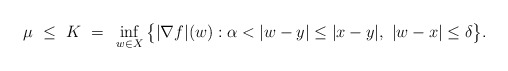
\begin{align*}\mu ~\le~ K ~=~ \inf_{w \in X} \big\{ |\nabla f|(w) : \alpha < |w-y| \le |x-y|,~ |w-x| \le \delta \big\}.\end{align*}